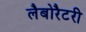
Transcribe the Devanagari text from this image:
लैबोरैटरी